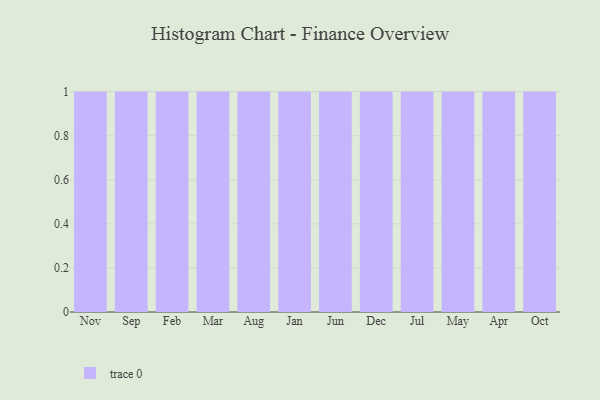
{"axis": {"x": "Month", "y": "Customer Acquisition Cost (USD)"}, "legend": [""], "data": [{"x": "Nov", "y": 44, "type": ""}, {"x": "Sep", "y": 91, "type": ""}, {"x": "Feb", "y": 57, "type": ""}, {"x": "Mar", "y": 17, "type": ""}, {"x": "Aug", "y": 62, "type": ""}, {"x": "Jan", "y": 55, "type": ""}, {"x": "Jun", "y": 22, "type": ""}, {"x": "Dec", "y": 95, "type": ""}, {"x": "Jul", "y": 79, "type": ""}, {"x": "May", "y": 69, "type": ""}, {"x": "Apr", "y": 49, "type": ""}, {"x": "Oct", "y": 60, "type": ""}]}